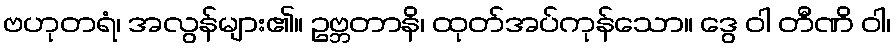
ဗဟုတရံ၊ အလွန်များ၏။ ဥဗ္ဘတာနိ၊ ထုတ်အပ်ကုန်သော။ ဒွေ ဝါ တီဏိ ဝါ၊